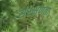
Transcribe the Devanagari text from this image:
संरक्षणता